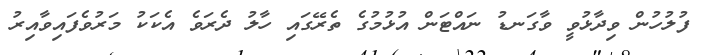
ފުލުހުން ވިދާޅުވީ ވާގަނޑު ނައްޓަން އުޅުމުގެ ތެރޭގައި ހާލު ދެރަވެ އެކަކު މަރުވެފައިވާއިރު